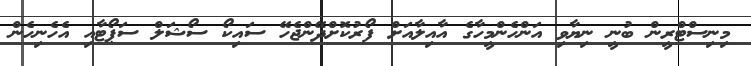
މިނިސްޓްރީން ބުނީ ނިޔާވި އަންހެންމީހާގެ އާއިލާއަށް ފޯރުކޮށްދޭންޖެހޭ ސައިކޯ ސޯޝަލް ސަޕޯޓާއި އެހެނިހެން